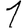
Digit: 1